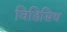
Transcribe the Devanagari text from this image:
विडिसिथ